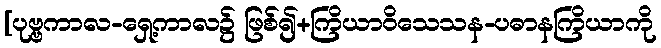
[ပုဗ္ဗကာလ-ရှေ့ကာလ၌ ဖြစ်၍+ကြိယာဝိသေသန-ပဓာနကြိယာကို